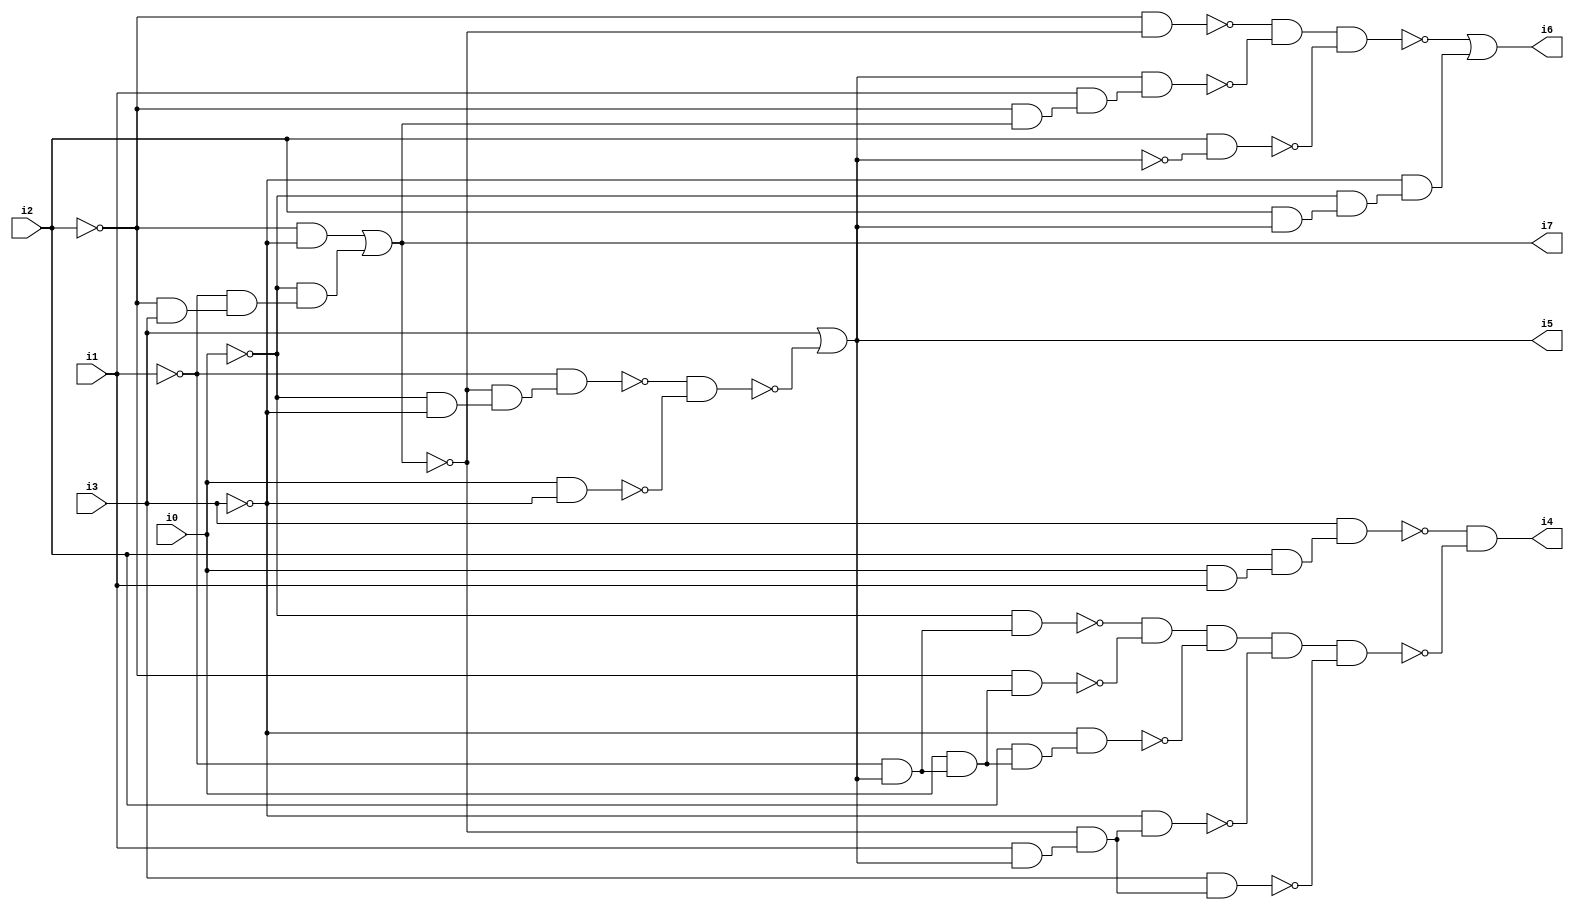
// Benchmark "SKOLEMFORMULA" written by ABC on Mon May  4 05:27:15 2020

module SKOLEMFORMULA ( 
    i0, i1, i2, i3,
    i4, i5, i6, i7  );
  input  i0, i1, i2, i3;
  output i4, i5, i6, i7;
  wire n9, n10, n11, n12, n14, n15, n16, n17, n18, n20, n21, n22, n23, n24,
    n25, n26, n27, n28, n29, n30, n31, n32, n33, n34, n35, n36, n38, n39,
    n40, n41, n42, n43, n44, n45, n46, n47;
  assign n9 = ~i2 & ~i3;
  assign n10 = ~i2 & i3;
  assign n11 = ~i1 & n10;
  assign n12 = ~i0 & n11;
  assign i7 = n9 | n12;
  assign n14 = ~i0 & ~i3;
  assign n15 = ~i7 & n14;
  assign n16 = ~i1 & n15;
  assign n17 = i0 & ~i3;
  assign n18 = ~n16 & ~n17;
  assign i5 = i3 | ~n18;
  assign n20 = i0 & i1;
  assign n21 = i2 & n20;
  assign n22 = i3 & n21;
  assign n23 = ~i1 & i5;
  assign n24 = ~i0 & n23;
  assign n25 = i0 & n23;
  assign n26 = ~i2 & n25;
  assign n27 = ~n24 & ~n26;
  assign n28 = i2 & n25;
  assign n29 = ~i3 & n28;
  assign n30 = n27 & ~n29;
  assign n31 = i1 & i5;
  assign n32 = ~i7 & n31;
  assign n33 = ~i3 & n32;
  assign n34 = n30 & ~n33;
  assign n35 = i3 & n32;
  assign n36 = n34 & ~n35;
  assign i4 = ~n22 & ~n36;
  assign n38 = ~i2 & ~i7;
  assign n39 = ~i2 & i7;
  assign n40 = i1 & n39;
  assign n41 = i5 & n40;
  assign n42 = ~n38 & ~n41;
  assign n43 = i2 & ~i5;
  assign n44 = n42 & ~n43;
  assign n45 = i2 & i5;
  assign n46 = ~i0 & n45;
  assign n47 = ~i3 & n46;
  assign i6 = ~n44 | n47;
endmodule